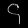
Digit: ၄